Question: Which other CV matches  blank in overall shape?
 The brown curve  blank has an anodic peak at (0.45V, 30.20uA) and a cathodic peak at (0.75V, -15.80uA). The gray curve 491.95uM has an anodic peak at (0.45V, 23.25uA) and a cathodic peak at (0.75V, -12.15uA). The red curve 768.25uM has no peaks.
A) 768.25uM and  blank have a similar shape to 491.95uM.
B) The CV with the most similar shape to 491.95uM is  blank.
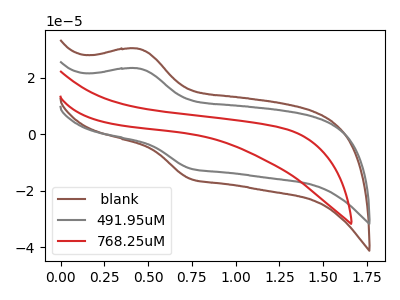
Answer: <think>All the peaks in " blank" have a peak in "491.95uM" at the same potential. Every peak in " blank" is higher than every peak in "491.95uM". " blank" and "768.25uM" have a different number of peaks. "491.95uM" and "768.25uM" have a different number of peaks.
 </think>
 <answer>B) The CV with the most similar shape to "491.95uM" is " blank".</answer>
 <eval>B</eval>